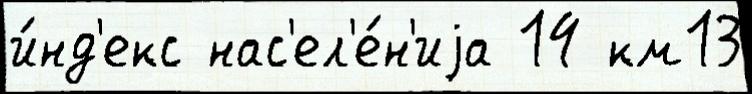
и́нд'екс нас'ел'е́н'иjа 14 км13